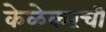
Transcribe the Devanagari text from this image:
केळेकरंची